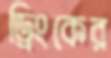
ড্রিংকের